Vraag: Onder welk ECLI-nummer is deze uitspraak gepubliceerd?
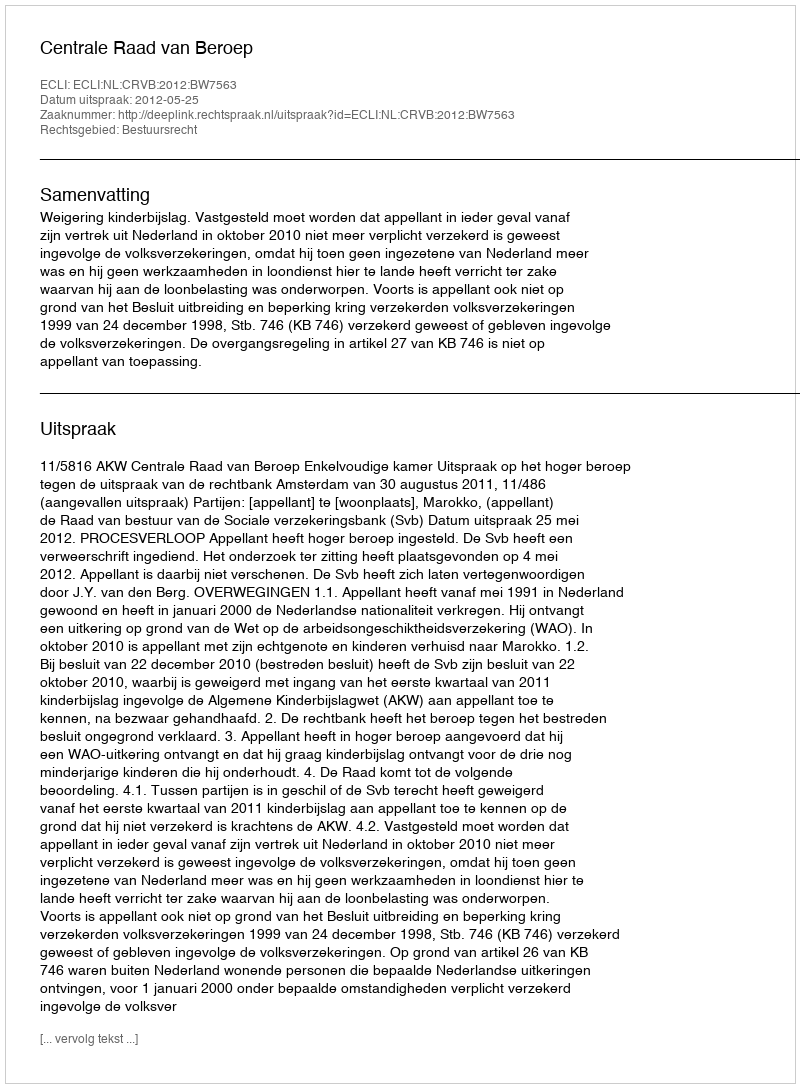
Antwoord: ECLI:NL:CRVB:2012:BW7563